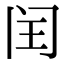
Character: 闰